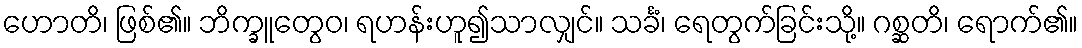
ဟောတိ၊ ဖြစ်၏။ ဘိက္ခူတွေဝ၊ ရဟန်းဟူ၍သာလျှင်။ သင်္ခံ၊ ရေတွက်ခြင်းသို့။ ဂစ္ဆတိ၊ ရောက်၏။